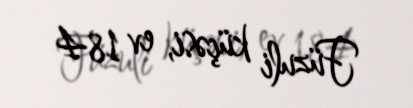
Füzuli küçəsi, ev 184